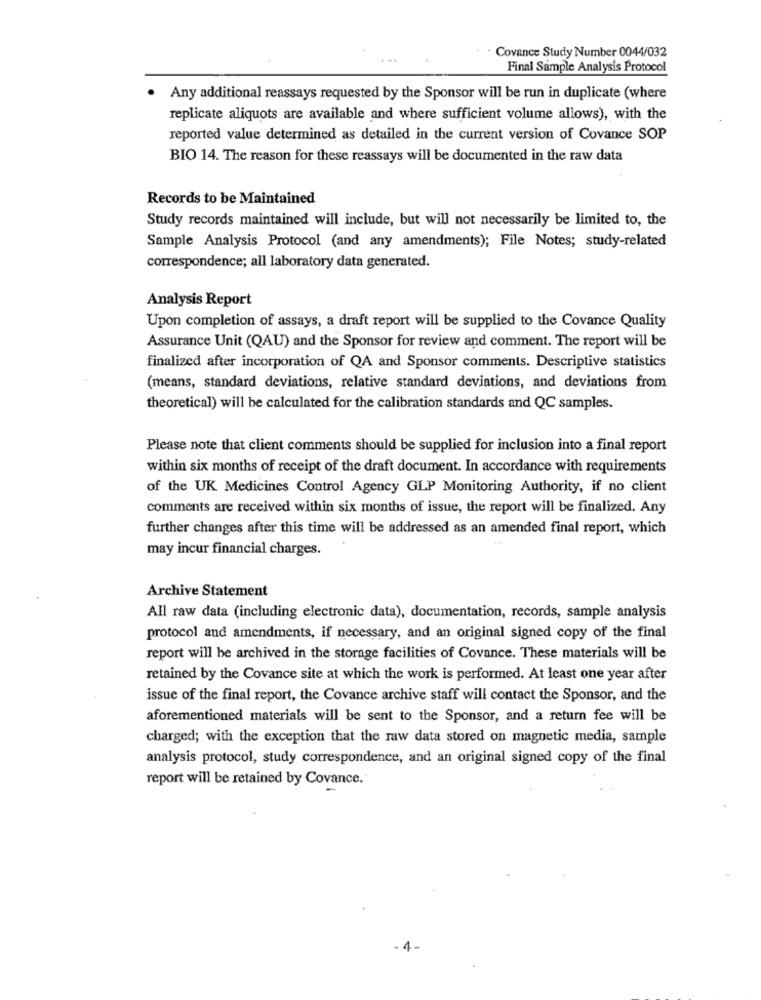
Covance Study Number 0044/032
Final Sample Analysis Protocol
Any additional reassays requested by the Sponsor will be run in duplicate (where
replicate aliquots are available and where sufficient volume allows), with the
reported value determined as detailed in the current version of Covance SOP
BIO 14. The reason for these reassays will be documented in the raw data
Records to be Maintained
Study records maintained will include, but will not necessarily be limited to, the
Sample Analysis Protocol (and any amendments); File Notes; study-related
correspondence; all laboratory data generated.
Analysis Report
Upon completion of assays, a draft report will be supplied to the Covance Quality
Assurance Unit (QAU) and the Sponsor for review and comment. The report will be
finalized after incorporation of QA and Sponsor comments. Descriptive statistics
(means, standard deviations, relative standard deviations, and deviations from
theoretical) will be calculated for the calibration standards and QC samples.
Please note that client comments should be supplied for inclusion into a final report
within six months of receipt of the draft document. In accordance with requirements
of the UK Medicines Control Agency GLP Monitoring Authority, if no client
comments are received within six months of issue, the report will be finalized. Any
further changes after this time will be addressed as an amended final report, which
may incur financial charges.
Archive Statement
All raw data (including electronic data), documentation, records, sample analysis
protocol and amendments, if necessary, and an original signed copy of the final
report will be archived in the storage facilities of Covance. These materials will be
retained by the Covance site at which the work is performed. At least one year after
issue of the final report, the Covance archive staff will contact the Sponsor, and the
aforementioned materials will be sent to the Sponsor, and a return fee will be
charged; with the exception that the raw data stored on magnetic media, sample
analysis protocol, study correspondence, and an original signed copy of the final
report will be retained by Covance.